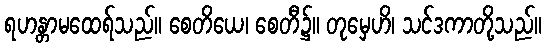
ရဟန္တာမထေရ်သည်။ စေတိယေ၊ စေတီ၌။ တုမှေဟိ၊ သင်ဒကာတို့သည်။